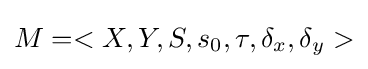
M=<X,Y,S,s_{0},\tau ,\delta _{x},\delta _{y}>